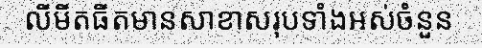
លីមីតធីតមានសាខាសរុបទាំងអស់ចំនួន